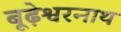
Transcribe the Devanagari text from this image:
बूढ़ेश्वरनाथ